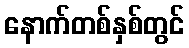
နောက်တစ်နှစ်တွင်